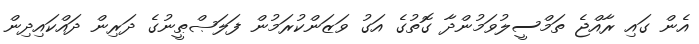
އެން ގައި ރާއްޖެ ތަމްސީލުވަމުންދާ ގޮތުގެ އަގު ވަޒަންކުރަމުން ފަލަޞްޠީނުގެ ދަރިން ދައްކައިދިން